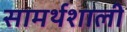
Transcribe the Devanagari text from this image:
सामर्थशाली